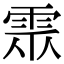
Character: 𩂢